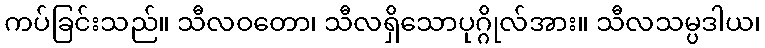
ကပ်ခြင်းသည်။ သီလဝတော၊ သီလရှိသောပုဂ္ဂိုလ်အား။ သီလသမ္ပဒါယ၊